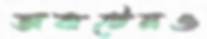
অকটেনও